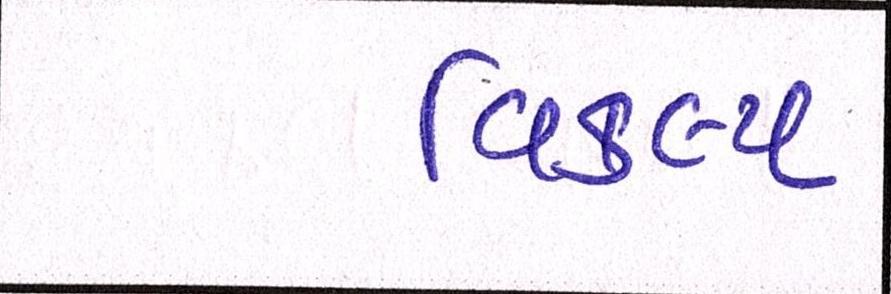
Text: વિકલ્પ